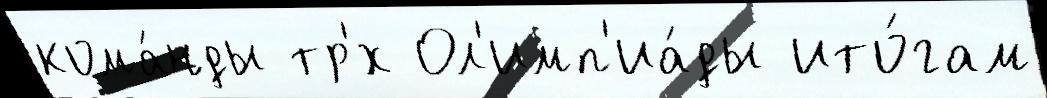
кома́нды тр'́х Ол'имп'иа́ды ито́гам